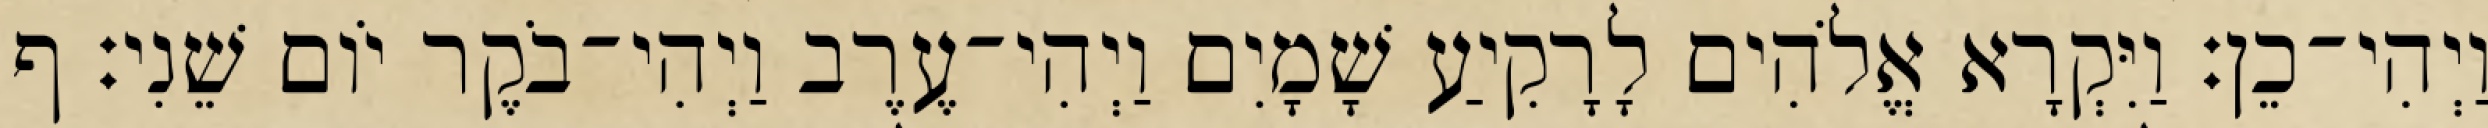
וַיְהִי־כֵן׃ וַיִּקְרָא אֱלֹהִים לָרָקִיעַ שָׁמָיִם וַיְהִי־עֶרֶב וַיְהִי־בֹקֶר יֹום שֵׁנִי׃ ף